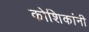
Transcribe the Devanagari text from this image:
कोशिकांनी